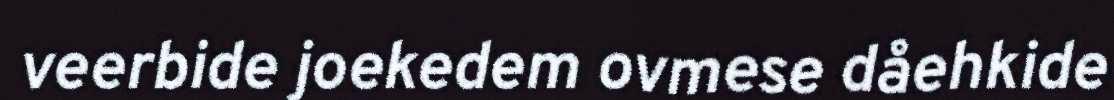
veerbide joekedem ovmese dåehkide